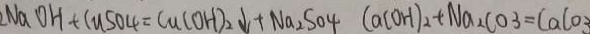
N a O H + C u S O _ { 4 } = C u ( O H ) _ { 2 } \downarrow + N a _ { 2 } S O _ { 4 } C a ( O H ) _ { 2 } + N a _ { 2 } C O _ { 3 } = C a C o _ { 3 }